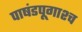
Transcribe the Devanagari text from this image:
पाषंडपूगाश्च